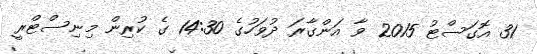
31 އޮގަސްޓު 2015 ވާ އަންގާރަ ދުވަހުގެ 14:30 ގެ ކުރިން މިނިސްޓްރީ